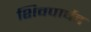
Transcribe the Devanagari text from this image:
शिवपार्षद